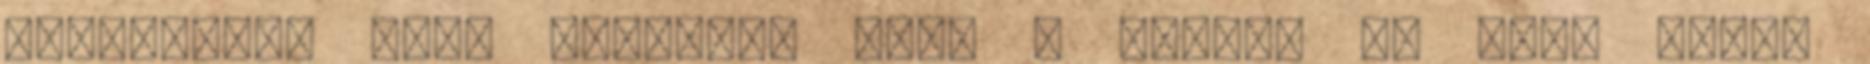
megtörtént nagy lázadása után e földre le lett vetve